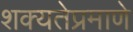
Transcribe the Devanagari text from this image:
शक्यतेप्रमाणे